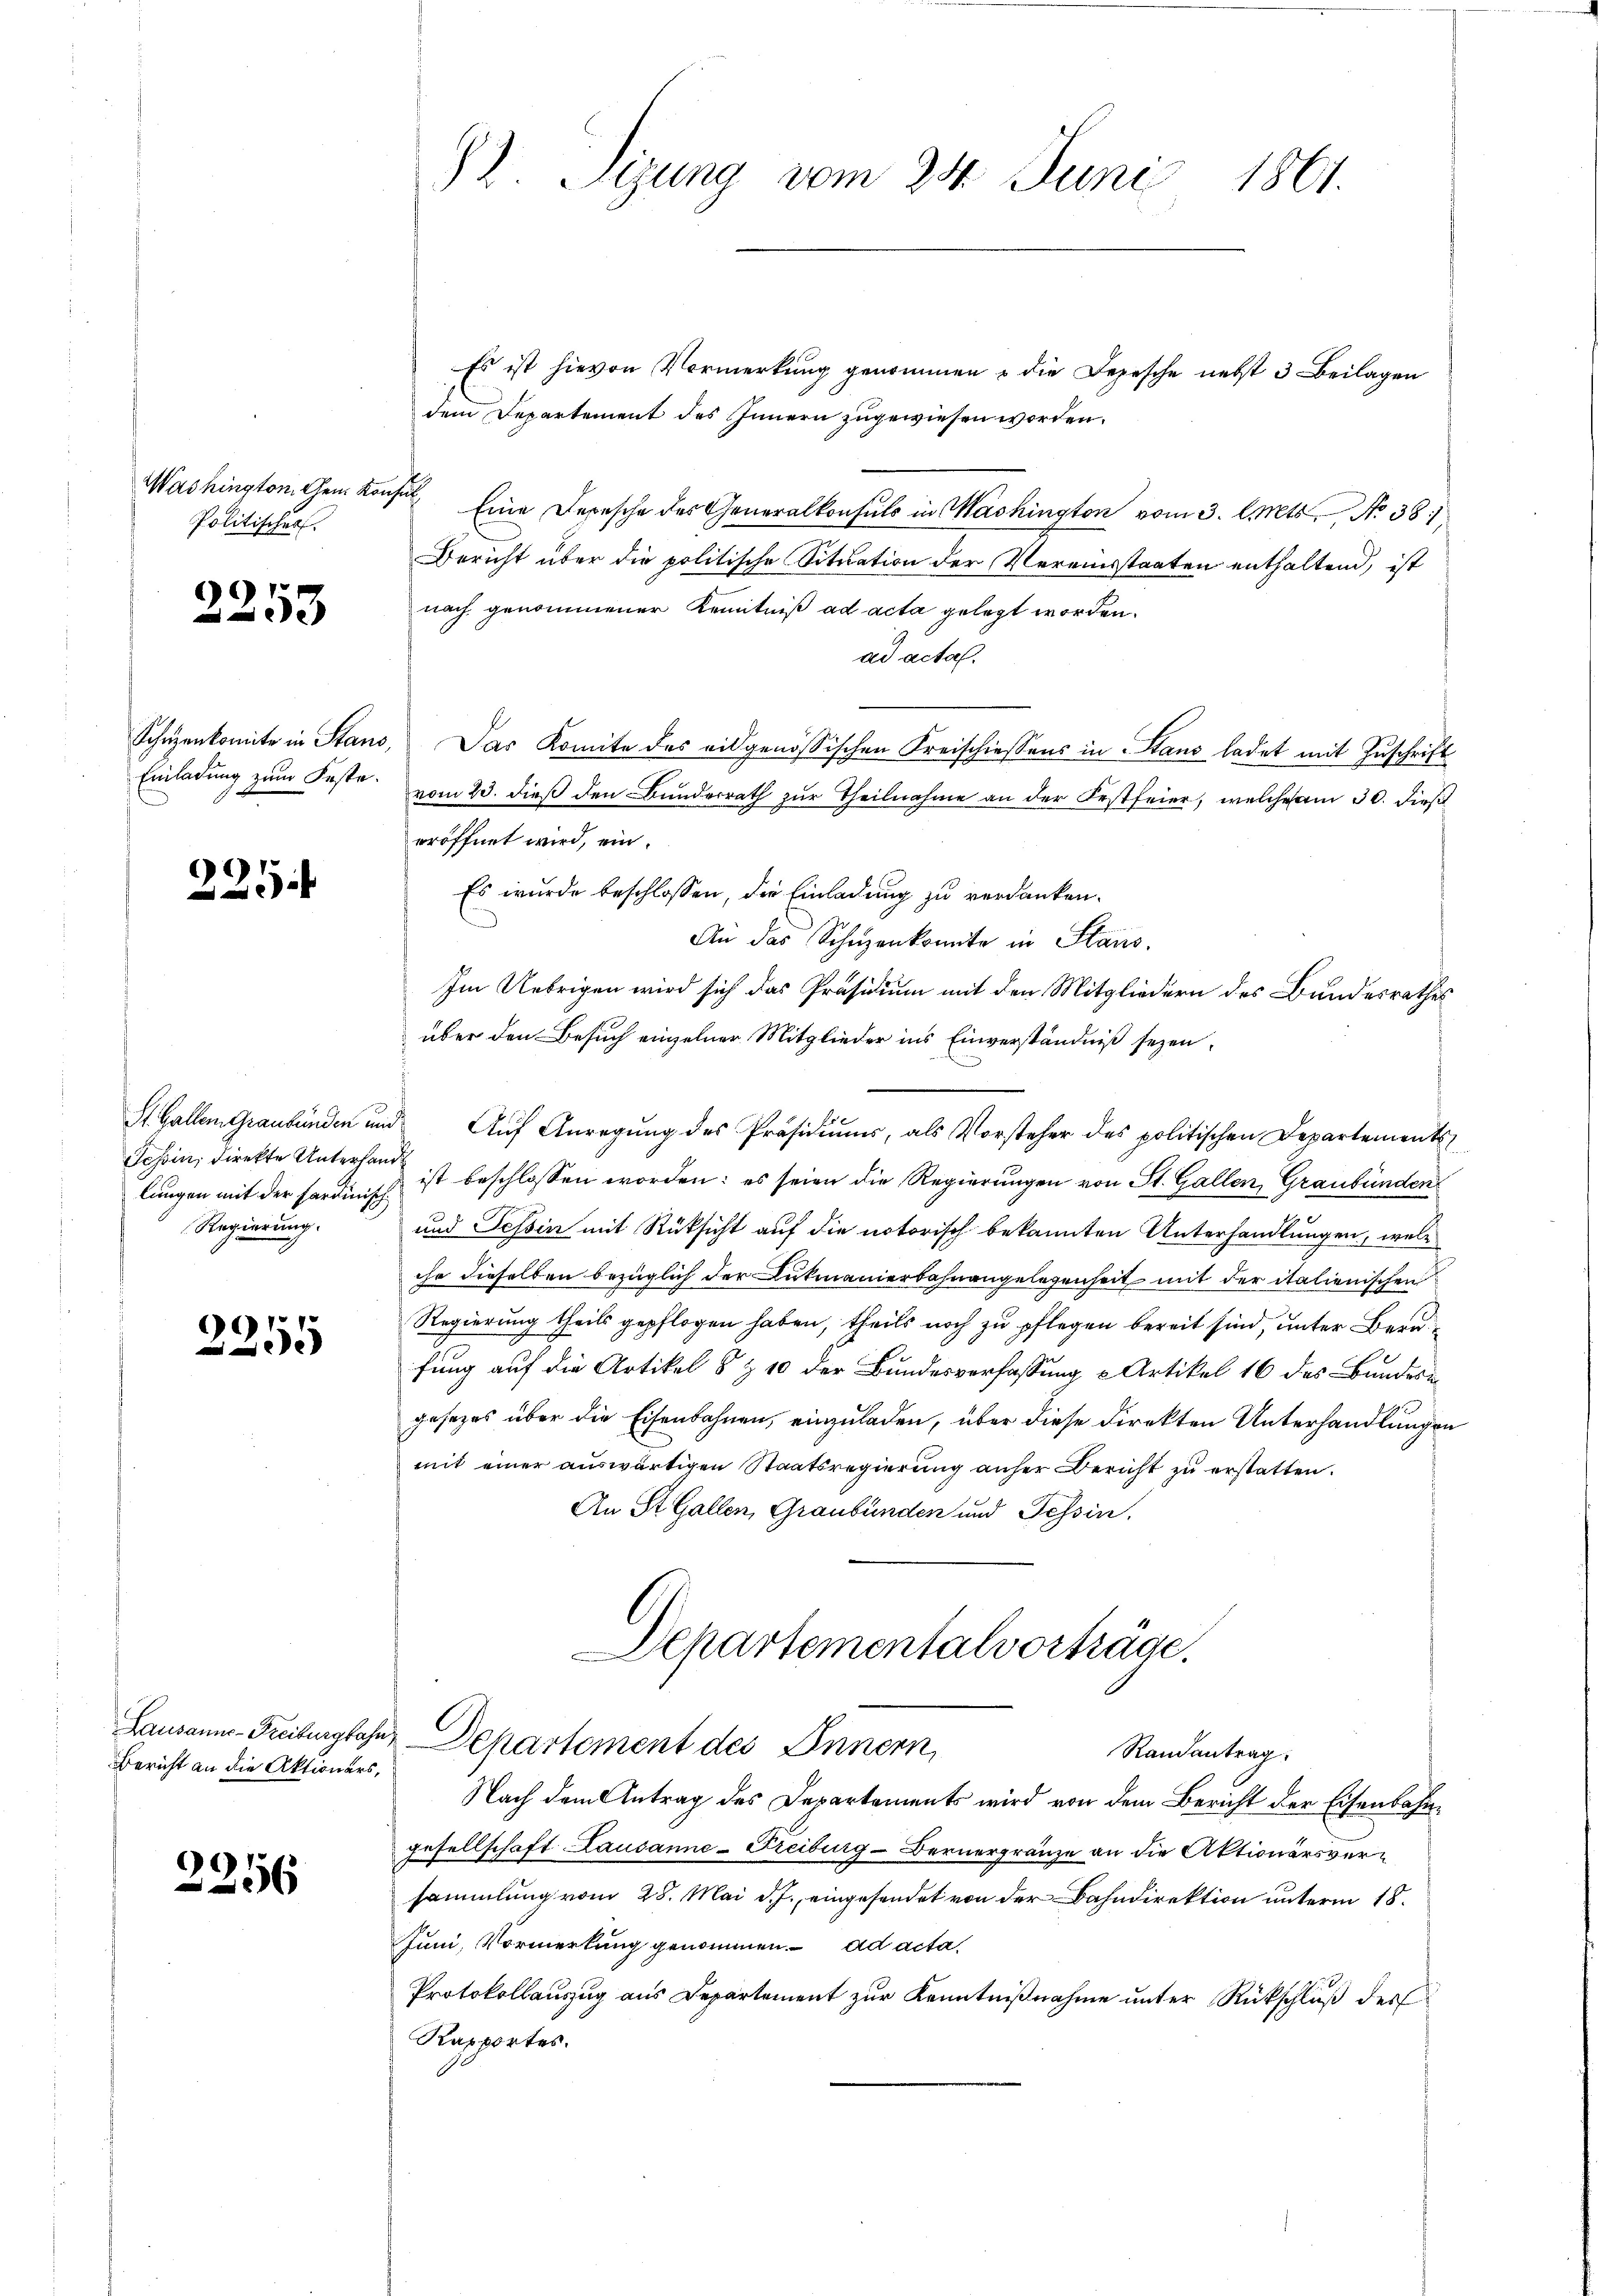
Politischer

2253

e

Tessin, direkte Unterhand
lungen mit der Pardinisch
Regierung.

2255

Bericht an die Aktionärs,

.
6

92. Sizung vom 24. Juni
1861.

Es ist hievon Vormerkung genommen u die Depesche nebst 3 Beilagen
dem Departement des Innern zugewiesen worden.
Washington Gem. Konst Eine Depesche des Generalkonsuls in Machington vom 3. Mts. No 38.
Bericht über die politische Situation der Vereinsstaaten enthaltend, ist
nach genommener Kenntniß ad acta gelegt worden.
ad acta.
Schüzenkomite in Stand, Das Komite des eidgenössischen Kreischiessens in Stand ladet mit Zuschrift
Einladung zum Faste vom 23. dieß den Bunderrath zur Theilnahme an der Festfeier, welche am 30. dieß
eröffnet wird, ein.
Es wurde beschlossen, die Einladung zu verdanken.
An das Schŭzenkomite in Stans.
Im Uebrigen wird sich das Präsidium mit den Mitgliedern des Bundesrathes
über den Besuch einzelner Mitglieder ins Einverständniß seyen.
St. Gallen Graubünden und Auf Anregung des Präsidiums, als Vorsteher des politischen Departements
ist beschlossen worden: es seien die Regierungen von St. Gallen, Graubünden
und Tessin mit Rücksicht auf die notorisch bekannten Unterhandlungen, welc
che dieselben bringlich der Lukmanierbahnangelegenheit mit der italienischen
Regierung theils gepflogen haben, theils noch zu pflegen bereit sind, unter Berafung auf die Artikel 8 & 10 der Bundesverfassung u Artikel 16 des Bundes
gesezes über die Eisenbahnen, einzuladen, über diese Direkten Unterhandlungen
mit einer auswärtigen Staatsregierung anher Bericht zu erstatten.
An St. Gallen, Graubünden und Tessin.
Schartementalvorträge.

Lausannes-Freiburgbahn Departement des Innern,
Randantrag

Nach dem Antrag des Departements wird von dem Bericht der Eisenbahngesellschaft Lausanne-Freiburg - Bernergränze an die Aktionärsversammlung vom 28. Mai d. J. eingesendet von der Bahndirektion unterm 18.
Juni, Vormerkung genommen. ad acta
Protokollauszug aus Departement zur Kenntnißnahme unter Rückschluß der
Kapportes.